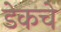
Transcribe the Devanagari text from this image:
डेकचे